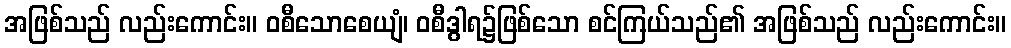
အဖြစ်သည် လည်းကောင်း။ ဝစီသောစေယျံ၊ ဝစီဒွါရ၌ဖြစ်သော စင်ကြယ်သည်၏ အဖြစ်သည် လည်းကောင်း။